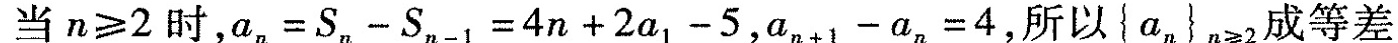
当$$n ≥ 2$$时，$$a _ { n } = S _ { n } - S _ { n - 1 } = 4 n + 2 a _ {1 } - 5$$，$$a _ { n + 1 } - a _ { n } = 4$$，所以$${ a _ { n } } n ≥ 2$$成等差